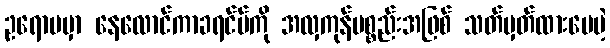
ဥရောပမှာ နေလောင်ကာခရင်မ်ကို အလှကုန်ပစ္စည်းအဖြစ် သတ်မှတ်ထားပေမဲ့